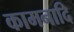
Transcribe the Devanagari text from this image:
कामनादि